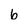
Character: b